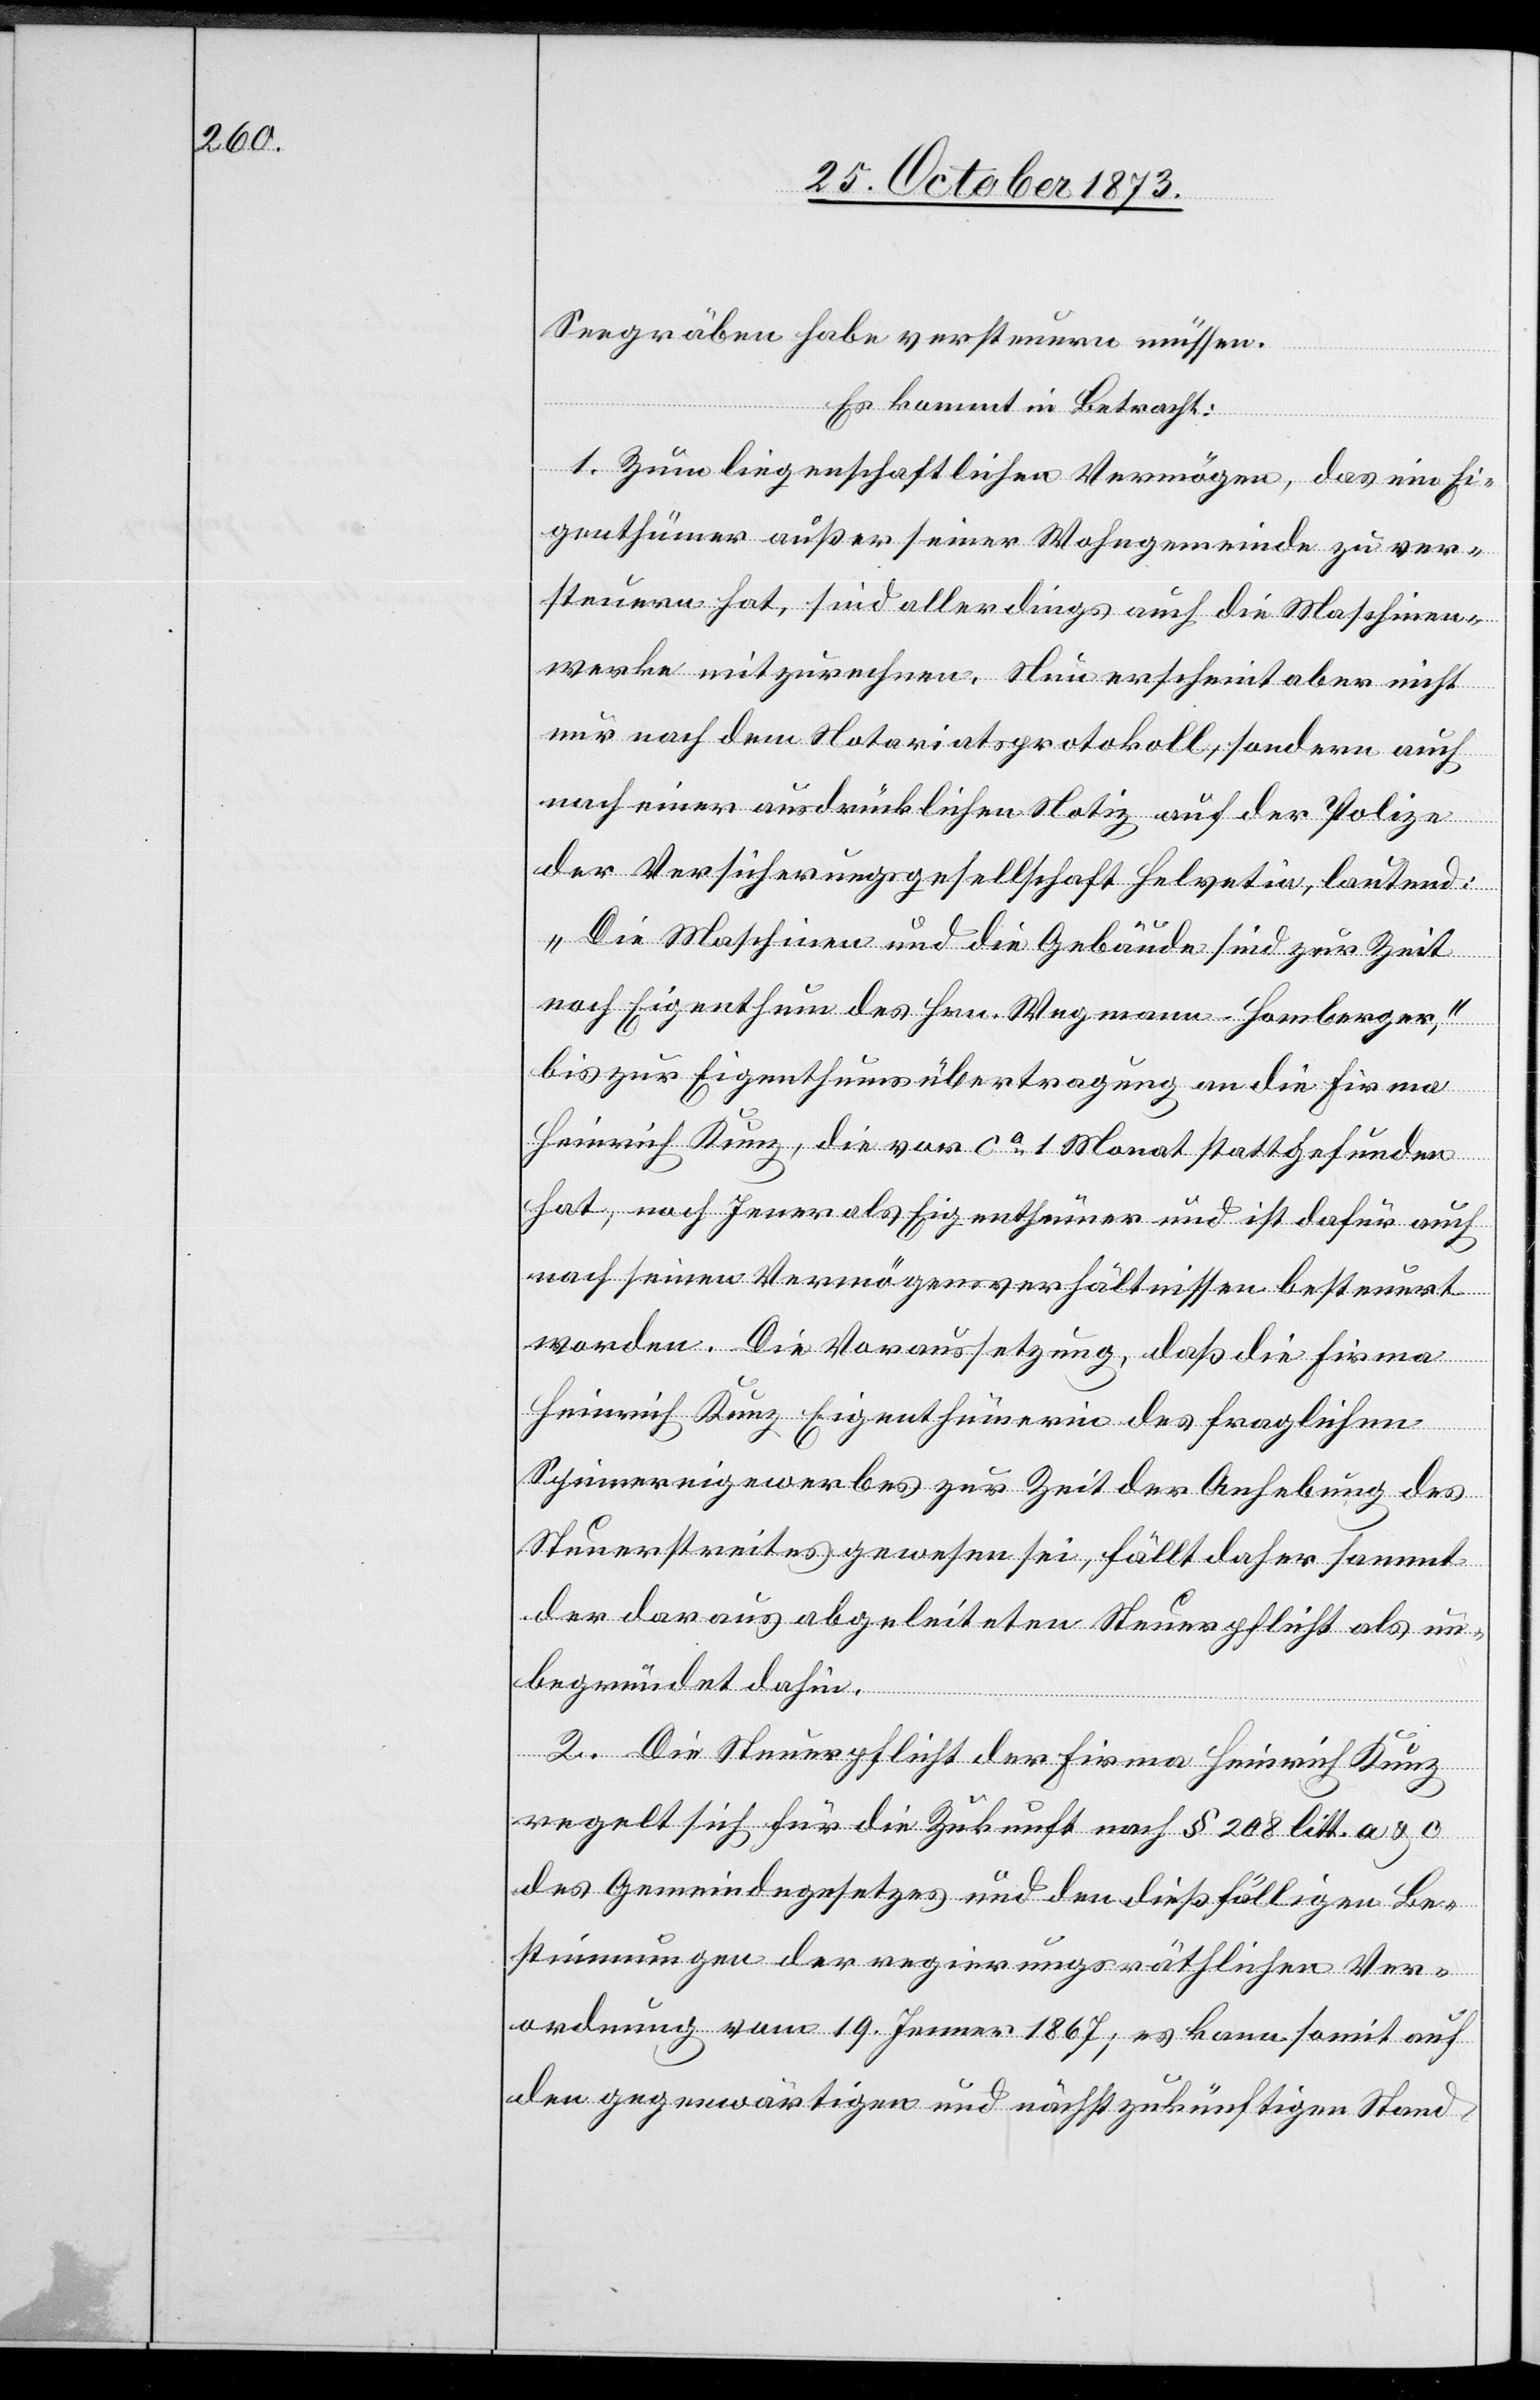
Seegräben habe versteuern müssen.
Es kommt in Betracht:
1. Zum liegenschaftlichen Vermögen, das ein Ei¬
genthümer außer seiner Wohngemeinde zu ver¬
steuern hat, sind allerdings auch die Maschinen¬
werke mitzurechnen. Nun erscheint aber nicht
nur nach dem Notariatsprotokoll, sondern auch
nach einer ausdrücklichen Notiz auf der Polize
der Versicherungsgesellschaft Helvetia, lautend:
„Die Maschinen und die Gebäude sind zur Zeit
noch Eigenthum des Hrn. Wegmann-Homberger“,
bis zur Eigenthumsübertragung an die Firma
Heinrich Kunz, die vor ca 1 Monat stattgefunden
hat, noch Jener als Eigenthümer und ist dafür auch
nach seinen Vermögensverhältnissen besteuert
worden. Die Voraussetzung, daß die Firma
Heinrich Kunz Eigenthümerin des fraglichen
Spinnereigewerbes zur Zeit der Anhebung des
Steuerstreites gewesen sei, fällt daher sammt
der daraus abgeleiteten Steuerpflicht als un¬
begründet dahin.
2. Die Steuerpflicht der Firma Heinrich Kunz
regelt sich für die Zukunft nach § 208 litt. a & c
des Gemeindegesetzes und den dießfälligen Be¬
stimmungen der regierungsräthlichen Ver¬
ordnung vom 19. Jenner 1867; es kann somit auf
den gegenwärtigen und nächst zukünftigen Stand